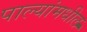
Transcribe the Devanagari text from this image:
पाल्यांमधील